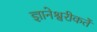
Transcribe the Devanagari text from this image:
ज्ञानेश्वरीकर्ते